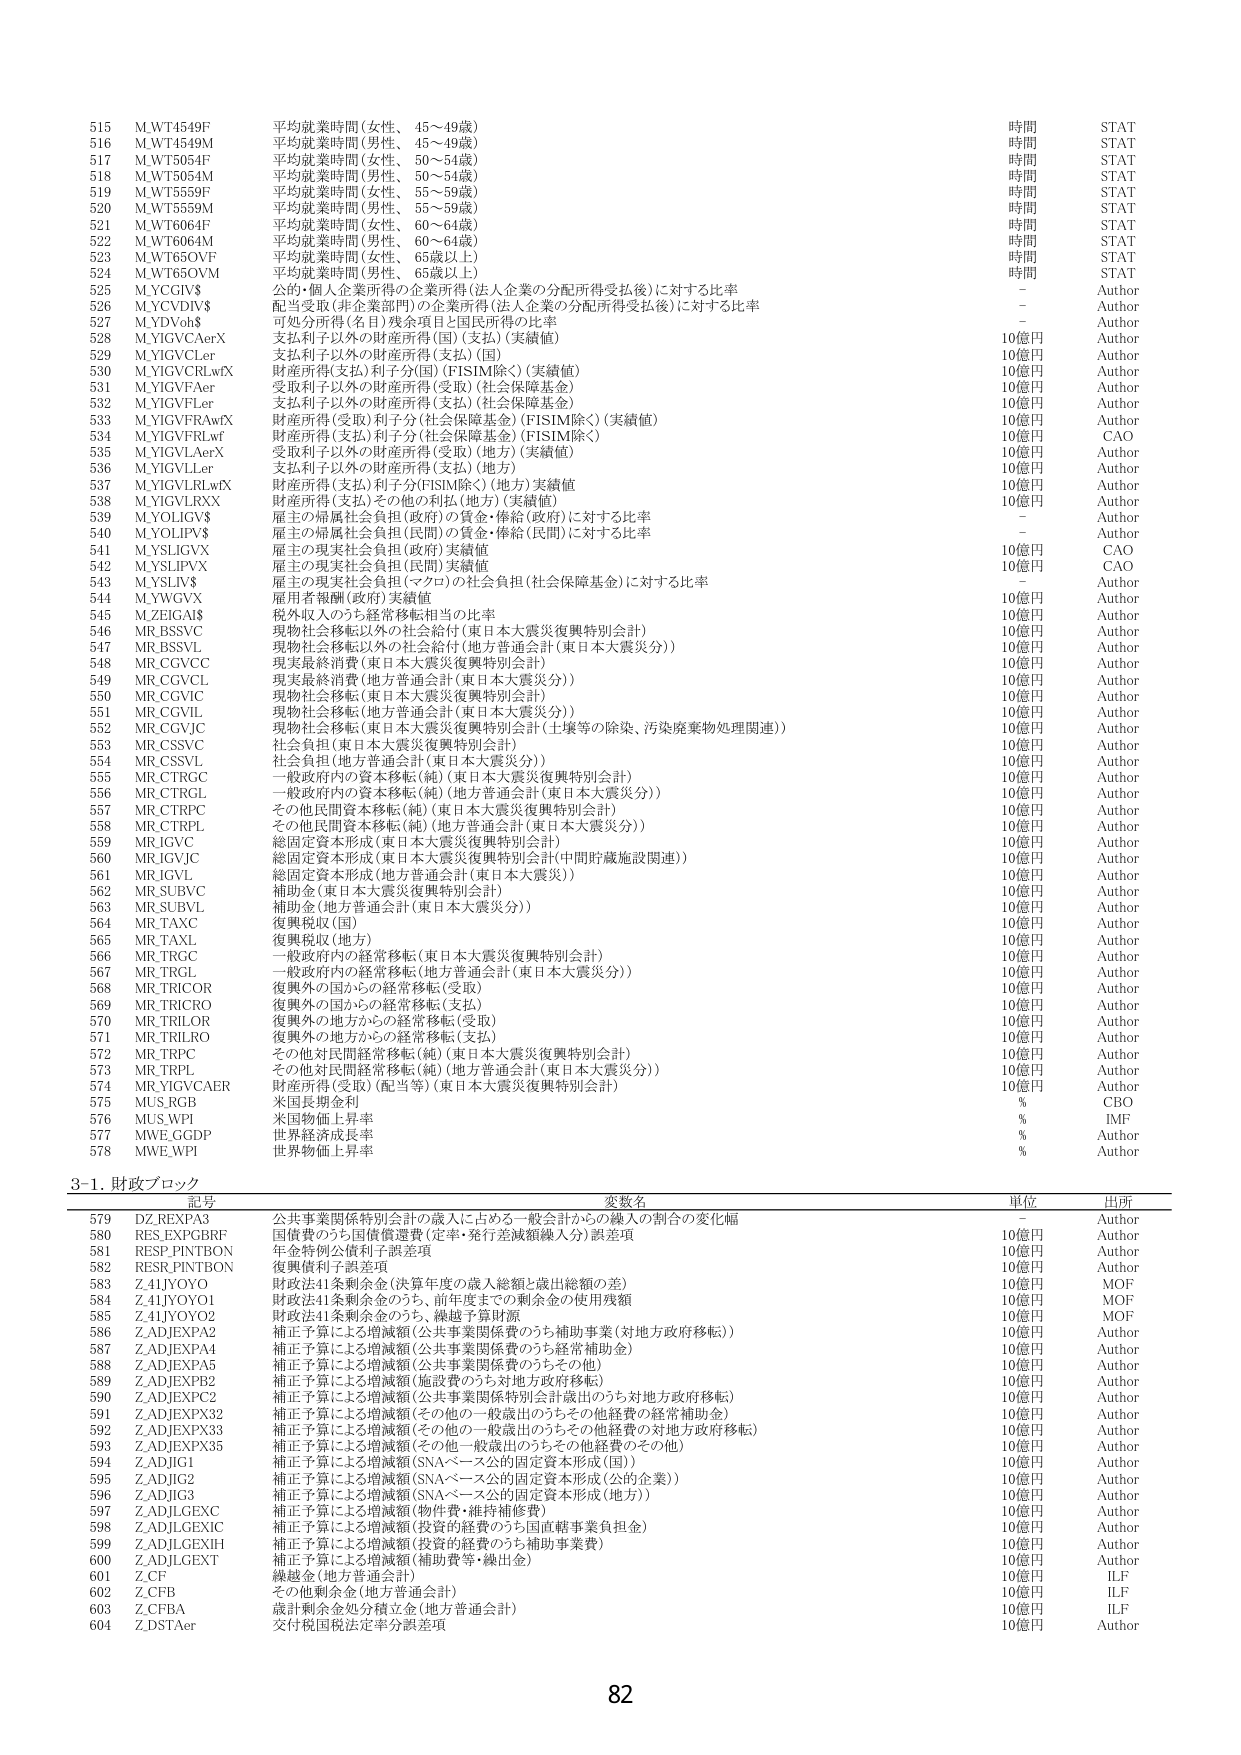
515 M.WT4549F 平均就業時間（女性、45～49歳） 時間 STAT
516 M.WT4549M 平均就業時間（男性、45～49歳） 時間 STAT
517 M.WT5054F 平均就業時間（女性、50～54歳） 時間 STAT
518 M.WT5054M 平均就業時間（男性、50～54歳） 時間 STAT
519 M.WT5559F 平均就業時間（女性、55～59歳） 時間 STAT
520 M.WT5559M 平均就業時間（男性、55～59歳） 時間 STAT
521 M.WT6064F 平均就業時間（女性、60～64歳） 時間 STAT
522 M.WT6064M 平均就業時間（男性、60～64歳） 時間 STAT
523 M.WT65OVF 平均就業時間（女性、65歳以上） 時間 STAT
524 M.WT65OVM 平均就業時間（男性、65歳以上） 時間 STAT
525 M.YCGIV$ 公的・個人企業所得の企業所得（法人企業の分配所得受払後）に対する比率 - Author
526 M.YCDIV$ 配当受取（非企業部門）の企業所得（法人企業の分配所得受払後）に対する比率 - Author
527 M.YDVo$ 可処分所得（名目）残余項目と国民所得の比率 - Author
528 M.YIGVC AerX 支払利子以外の財産所得（国）（支払）（実績値） 10億円 Author
529 M.YIGVC Ler 支払利子以外の財産所得（支払）（国） 10億円 Author
530 M.YIGVCR LwFX 財産所得（支払）利子分（国）（FISIM除く）（実績値） 10億円 Author
531 M.YIGVFAer 受取利子以外の財産所得（受取）（社会保障基金） 10億円 Author
532 M.YIGVFLer 支払利子以外の財産所得（支払）（社会保障基金） 10億円 Author
533 M.YIGVFR AwFX 財産所得（受取）利子分（社会保障基金）（FISIM除く）（実績値） 10億円 Author
534 M.YIGVFR LwF 財産所得（支払）利子分（社会保障基金）（FISIM除く） 10億円 CAO
535 M.YIGVLAerX 受取利子以外の財産所得（受取）（地方）（実績値） 10億円 Author
536 M.YIGVLer 支払利子以外の財産所得（支払）（地方） 10億円 Author
537 M.YIGVLR LwFX 財産所得（支払）利子分（FISIM除く）（地方）実績値 10億円 Author
538 M.YIGVLRXX 財産所得（支払）その他の利払（地方）（実績値） 10億円 Author
539 M.YOLIGV$ 雇主の帰属社会負担（政府）の賃金・俸給（政府）に対する比率 - Author
540 M.YOLIPV$ 雇主の帰属社会負担（民間）の賃金・俸給（民間）に対する比率 - Author
541 M.YSLIGVX 雇主の現実社会負担（政府）実績値 10億円 CAO
542 M.YSLIPVX 雇主の現実社会負担（民間）実績値 10億円 CAO
543 M.YSLIV$ 雇主の現実社会負担（マクロ）の社会負担（社会保障基金）に対する比率 - Author
544 M.YWGVX 雇用者報酬（政府）実績値 10億円 Author
545 M.ZEIGA1$ 税外収入のうち経常移転相当の比率 10億円 Author
546 MR.BSSVC 現物社会移転以外の社会給付（東日本大震災復興特別会計） 10億円 Author
547 MR.BSSVL 現物社会移転以外の社会給付（地方普通会計（東日本大震災分）） 10億円 Author
548 MR.CGVCC 現実最終消費（東日本大震災復興特別会計） 10億円 Author
549 MR.CGVCL 現実最終消費（地方普通会計（東日本大震災分）） 10億円 Author
550 MR.CGVIC 現物社会移転（東日本大震災復興特別会計） 10億円 Author
551 MR.CGVIL 現物社会移転（地方普通会計（東日本大震災分）） 10億円 Author
552 MR.CGVJC 現物社会移転（東日本大震災復興特別会計（土壌等の除染、汚染廃棄物処理関連）） 10億円 Author
553 MR.CSSVC 社会負担（東日本大震災復興特別会計） 10億円 Author
554 MR.CSSVL 社会負担（地方普通会計（東日本大震災分）） 10億円 Author
555 MR.CTRGC 一般政府内の資本移転（純）（東日本大震災復興特別会計） 10億円 Author
556 MR.CTRGL 一般政府内の資本移転（純）（地方普通会計（東日本大震災分）） 10億円 Author
557 MR.CTRPC その他民間資本移転（純）（東日本大震災復興特別会計） 10億円 Author
558 MR.CTRPL その他民間資本移転（純）（地方普通会計（東日本大震災分）） 10億円 Author
559 MR.IGVC 総固定資本形成（東日本大震災復興特別会計） 10億円 Author
560 MR.IGVJC 総固定資本形成（東日本大震災復興特別会計（中間貯蔵施設関連）） 10億円 Author
561 MR.IGVL 総固定資本形成（地方普通会計（東日本大震災）） 10億円 Author
562 MR.SUBVC 補助金（東日本大震災復興特別会計） 10億円 Author
563 MR.SUBVL 補助金（地方普通会計（東日本大震災分）） 10億円 Author
564 MR.TAXC 復興税収（国） 10億円 Author
565 MR.TAXL 復興税収（地方） 10億円 Author
566 MR.TRGC 一般政府内の経常移転（東日本大震災復興特別会計） 10億円 Author
567 MR.TRGL 一般政府内の経常移転（地方普通会計（東日本大震災分）） 10億円 Author
568 MR.TRICOR 復興外の国からの経常移転（受取） 10億円 Author
569 MR.TRICRO 復興外の国からの経常移転（支払） 10億円 Author
570 MR.TRILOR 復興外の地方からの経常移転（受取） 10億円 Author
571 MR.TRILRO 復興外の地方からの経常移転（支払） 10億円 Author
572 MR.TRPC その他対民間経常移転（純）（東日本大震災復興特別会計） 10億円 Author
573 MR.TRPL その他対民間経常移転（純）（地方普通会計（東日本大震災分）） 10億円 Author
574 MR.YIGVCAER 財産所得（受取）（配当等）（東日本大震災復興特別会計） 10億円 Author
575 MUS.RGB 米国長期金利 % CBO
576 MUS.WPI 米国物価上昇率 % IMF
577 MWE.GGDP 世界経済成長率 % Author
578 MWE.WPI 世界物価上昇率 % Author

3-1. 財政ブロック
記号 変数名 単位 出所
579 DZ.REXPA3 公共事業関係特別会計の歳入に占める一般会計からの繰入の割合の変化幅 - Author
580 RES.EXPGBRF 国債費のうち国債償還費（定率・発行差減額繰入分）誤差項 10億円 Author
581 RESP.PINTBON 年金特別公債利子誤差項 10億円 Author
582 RESR.PINTBON 復興債利子誤差項 10億円 Author
583 Z.41JY0Y0 財政法41条剰余金（決算年度の歳入総額と歳出総額の差） 10億円 MOF
584 Z.41JY0Y01 財政法41条剰余金のうち、前年度までの剰余金の使用残額 10億円 MOF
585 Z.41JY0Y02 財政法41条剰余金のうち、繰越予算財源 10億円 MOF
586 Z.ADJEXP A2 補正予算による増減額（公共事業関係費のうち補助事業（対地方政府移転）） 10億円 Author
587 Z.ADJEXP A4 補正予算による増減額（公共事業関係費のうち経常補助金） 10億円 Author
588 Z.ADJEXP A5 補正予算による増減額（公共事業関係費のうちその他） 10億円 Author
589 Z.ADJEXP B2 補正予算による増減額（施設費のうち対地方政府移転） 10億円 Author
590 Z.ADJEXP C2 補正予算による増減額（公共事業関係特別会計歳出のうち対地方政府移転） 10億円 Author
591 Z.ADJEXP X32 補正予算による増減額（その他の一般歳出のうちその他経費の経常補助金） 10億円 Author
592 Z.ADJEXP X33 補正予算による増減額（その他の一般歳出のうちその他経費の対地方政府移転） 10億円 Author
593 Z.ADJEXP X35 補正予算による増減額（その他の一般歳出のうちその他経費のその他） 10億円 Author
594 Z.ADJIG1 補正予算による増減額（SNAベース公的固定資本形成（国）） 10億円 Author
595 Z.ADJIG2 補正予算による増減額（SNAベース公的固定資本形成（公的企業）） 10億円 Author
596 Z.ADJIG3 補正予算による増減額（SNAベース公的固定資本形成（地方）） 10億円 Author
597 Z.ADJLGEXC 補正予算による増減額（物件費・維持補修費） 10億円 Author
598 Z.ADJLGEXIC 補正予算による増減額（投資的経費のうち国直轄事業負担金） 10億円 Author
599 Z.ADJLGEXIH 補正予算による増減額（投資的経費のうち補助事業費） 10億円 Author
600 Z.ADJLGEXT 補正予算による増減額（補助費等・繰出金） 10億円 Author
601 Z.CF 融融金（地方普通会計） 10億円 ILF
602 Z.CFB その他剰余金（地方普通会計） 10億円 ILF
603 Z.CFBA 歳計剰余金処分積立金（地方普通会計） 10億円 ILF
604 Z.DSTAer 交付税国税法定率分誤差項 10億円 Author

82